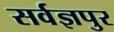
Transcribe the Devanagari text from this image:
सर्वज्ञपुर